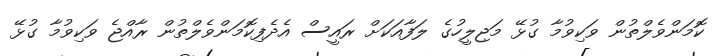
ކޮމަންވެލްތުން ވަކިވުމާ ގުޅޭ މަޖިލީހުގެ ލަފާއަކަށް ރައީސް އެދެފިކޮމަންވެލްތުން ރާއްޖެ ވަކިވުމާ ގުޅޭ